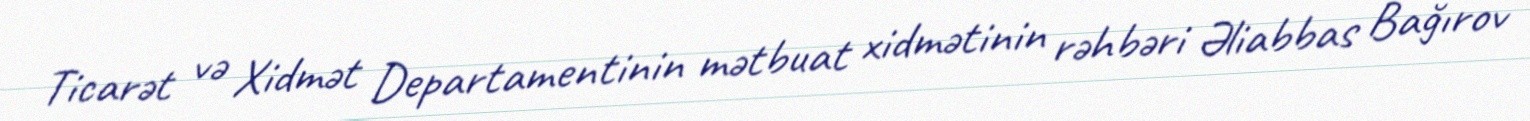
Ticarət və Xidmət Departamentinin mətbuat xidmətinin rəhbəri Əliabbas Bağırov